Annual report of the Punjab Veterinary College and of the Civil Veterinary Department, Punjab - 1894-1908
Year: 1894
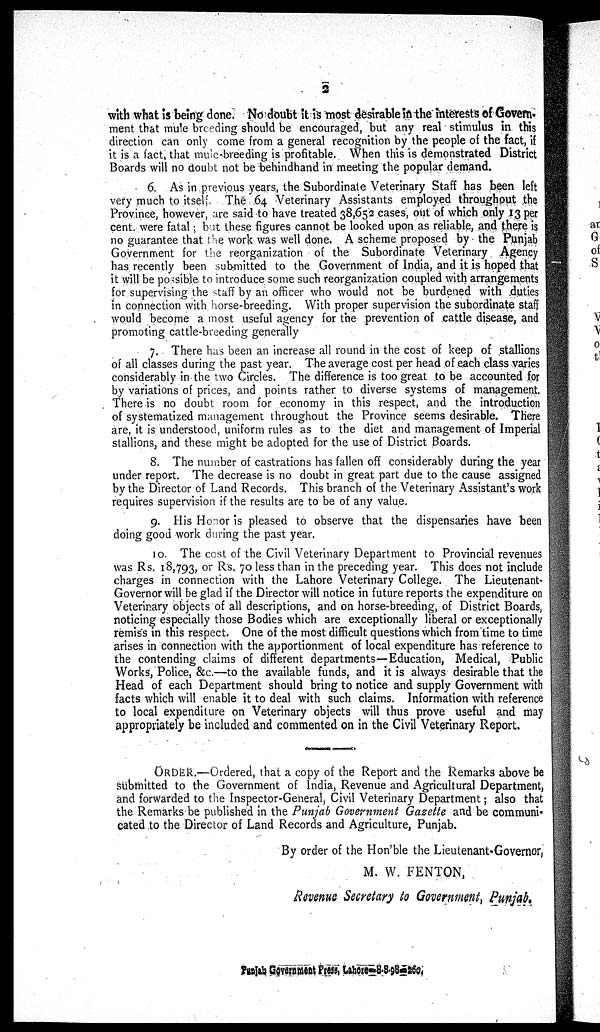
2
with what is being done. No doubt it is most desirable in the interests of Govern-
ment that mule breeding should be encouraged, but any real stimulus in this
direction can only come from a general recognition by the people of the fact, if
it is a fact, that mule-breeding is profitable. When this is demonstrated District
Boards will no doubt not be behindhand in meeting the popular demand.
6. As in previous years, the Subordinate Veterinary Staff has been left
very much to itself. The 64 Veterinary Assistants employed throughout the
Province, however, are said to have treated 38,652 cases, out of which only 13 per
cent. were fatal; but these figures cannot be looked upon as reliable, and there is
no guarantee that the work was well done. A scheme proposed by the Punjab
Government for the reorganization of the Subordinate Veterinary Agency
has recently been submitted to the Government of India, and it is hoped that
it will be possible to introduce some such reorganization coupled with arrangements
for supervising the staff by an officer who would not be burdened with duties
in connection with horse-breeding. With proper supervision the subordinate staff
would become a most useful agency for the prevention of cattle disease, and
promoting cattle-breeding generally
7. There has been an increase all round in the cost of keep of stallions
of all classes during the past year. The average cost per head of each class varies
considerably in the two Circles. The difference is too great to be accounted for
by variations of prices, and points rather to diverse systems of management.
There is no doubt room for economy in this respect, and the introduction
of systematized management throughout the Province seems desirable. There
are, it is understood, uniform rules as to the diet and management of Imperial
stallions, and these might be adopted for the use of District Boards.
8. The number of castrations has fallen off considerably during the year
under report. The decrease is no doubt in great part due to the cause assigned
by the Director of Land Records. This branch of the Veterinary Assistant's work
requires supervision if the results are to be of any value.
9. His Honor is pleased to observe that the dispensaries have been
doing good work during the past year.
10. The cost of the Civil Veterinary Department to Provincial revenues
was Rs. 18,793, or Rs. 70 less than in the preceding year. This does not include
charges in connection with the Lahore Veterinary College. The Lieutenant-
Governor will be glad if the Director will notice in future reports the expenditure on
Veterinary objects of all descriptions, and on horse-breeding, of District Boards,
noticing especially those Bodies which are exceptionally liberal or exceptionally
remiss in this respect. One of the most difficult questions which from time to time
arises in connection with the apportionment of local expenditure has reference to
the contending claims of different departments—Education, Medical, Public
Works, Police, &c.—to the available funds, and it is always desirable that the
Head of each Department should bring to notice and supply Government with
facts which will enable it to deal with such claims. Information with reference
to local expenditure on Veterinary objects will thus prove useful and may
appropriately be included and commented on in the Civil Veterinary Report.
ORDER.—Ordered, that a copy of the Report and the Remarks above be
submitted to the Government of India, Revenue and Agricultural Department,
and forwarded to the Inspector-General, Civil Veterinary Department; also that
the Remarks be published in the Punjab Government Gazette and be communi-
cated to the Director of Land Records and Agriculture, Punjab.
By order of the Hon'ble the Lieutenant-Governor,
M. W. FENTON,
Revenue Secretary to Government, Punjab.
Punjab Government Press, Lahore—8-8-98—260.